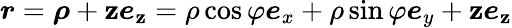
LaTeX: \boldsymbol{r}=\boldsymbol{\rho}+\mathbf{z}\boldsymbol{e}_{\mathbf{z}}=\rho\cos\varphi\boldsymbol{e}_{x}+\rho\sin\varphi\boldsymbol{e}_{y}+\mathbf{z}\boldsymbol{e}_{\mathbf{z}}